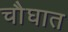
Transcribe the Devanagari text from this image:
चौघात